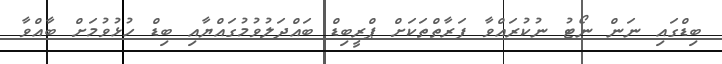
ބިޑްގައި ނަން ނޯޓު ނުކުރައްވާ ފަރާތްތަކަށް ޕްރީބިޑް ބައްދަލުވުމުގައްޔާއި ބިޑް ހުޅުވުމަށް ބާއްވާ